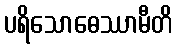
ပရိသောဓေဿာမီတိ